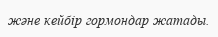
және кейбір гормондар жатады.